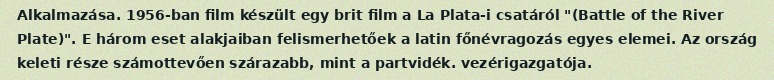
Alkalmazása. 1956-ban film készült egy brit film a La Plata-i csatáról "(Battle of the River Plate)". E három eset alakjaiban felismerhetőek a latin főnévragozás egyes elemei. Az ország keleti része számottevően szárazabb, mint a partvidék. vezérigazgatója.